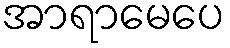
အာရာမေပေ